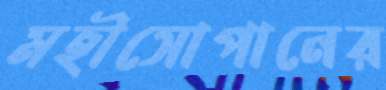
মহীসোপানের